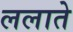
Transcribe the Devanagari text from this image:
ललाते